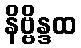
နိဗ္ဗိန္ဒထ